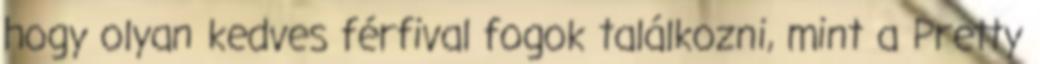
hogy olyan kedves férfival fogok találkozni, mint a Pretty